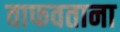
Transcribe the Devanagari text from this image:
वाफवताना